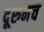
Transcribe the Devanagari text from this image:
दूरुनच